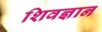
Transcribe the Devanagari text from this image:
शिवज्ञान